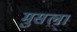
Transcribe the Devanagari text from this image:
मुसला